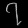
Digit: ၇